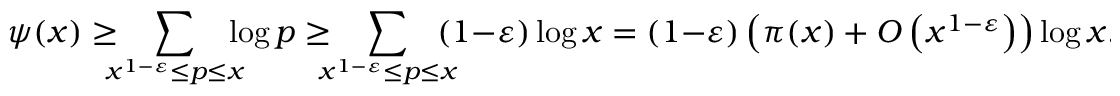
\psi ( x ) \geq \! \! \! \! \sum _ { x ^ { 1 - \varepsilon } \leq p \leq x } \! \! \! \! \log p \geq \! \! \! \! \sum _ { x ^ { 1 - \varepsilon } \leq p \leq x } \! \! \! \! ( 1 - \varepsilon ) \log x = ( 1 - \varepsilon ) \left( \pi ( x ) + O \left( x ^ { 1 - \varepsilon } \right) \right) \log x .